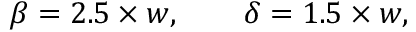
\beta = 2 . 5 \times w , \qquad \delta = 1 . 5 \times w ,